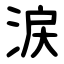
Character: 涙